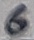
Text: 6